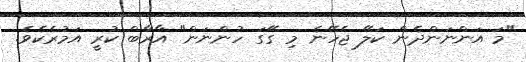
"މަ އަންނަންދެން ކަލޭ ޖެހޭނެ މި ގޭގަ ހުންނަން" އާރާބް ކުރީ އަމުރެކެވެ.